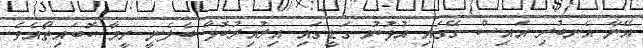
އޭނާ އެނބުރި އައިސް ގޭގައި އުޅުނު ގަޑީގައި އިރުއިރުކޮޅާ ބެލެނީ ރީމާ ކޮބައިތޯއެވެ.